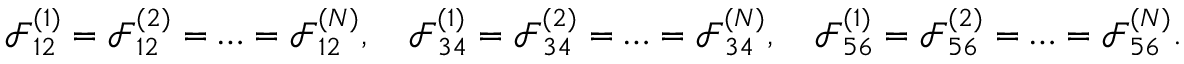
\mathcal { F } _ { 1 2 } ^ { ( 1 ) } = \mathcal { F } _ { 1 2 } ^ { ( 2 ) } = \ldots = \mathcal { F } _ { 1 2 } ^ { ( N ) } , \quad \mathcal { F } _ { 3 4 } ^ { ( 1 ) } = \mathcal { F } _ { 3 4 } ^ { ( 2 ) } = \ldots = \mathcal { F } _ { 3 4 } ^ { ( N ) } , \quad \mathcal { F } _ { 5 6 } ^ { ( 1 ) } = \mathcal { F } _ { 5 6 } ^ { ( 2 ) } = \ldots = \mathcal { F } _ { 5 6 } ^ { ( N ) } .